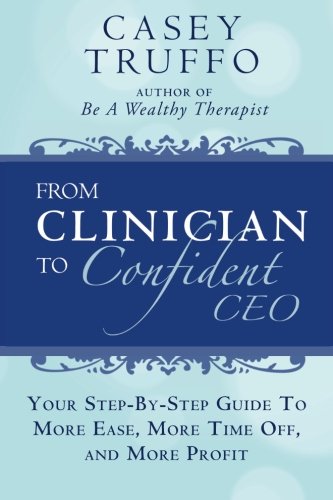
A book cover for From Clinician To Confident CEO: Your Step-By-Step Guide to More Ease, More Time Off, and More Profit; Casey Truffo; Business & Money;